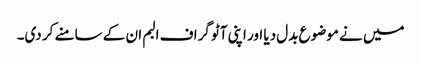
میں نے موضوع بدل دیا اور اپنی آٹو گراف البم ان کے سامنے کر دی۔